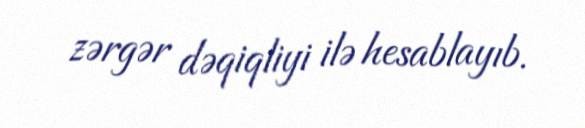
zərgər dəqiqliyi ilə hesablayıb.